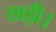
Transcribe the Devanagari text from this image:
खड़ी।